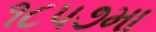
૧૮૫૭મા